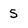
Character: 5